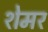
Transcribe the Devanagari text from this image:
शेमर